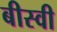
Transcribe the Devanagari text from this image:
बीस्वी